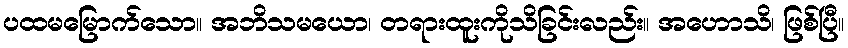
ပထမမြောက်သော။ အဘိသမယော၊ တရားထူးကိုသိခြင်းလည်း။ အဟောသိ၊ ဖြစ်ပြီ။